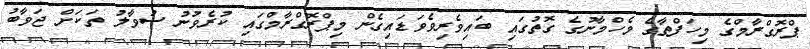
ޕްރޮގްރާމްގެ މިހަފްތާގެ މެހްމާނުގެ ގޮތުގައި ބައިވެރިވެވަޑައިގެން މިޕްރޮގްރާމްގައި ކުރެވުނު ސުވާލު ތަކަށް ޖަވާބު